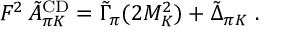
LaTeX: F ^ { 2 } \, \tilde { A } _ { \pi K } ^ { \mathrm { C D } } = \tilde { \Gamma } _ { \pi } ( 2 M _ { K } ^ { 2 } ) + \tilde { \Delta } _ { \pi K } ~ .